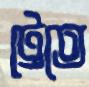
ট্রেতে